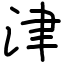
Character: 津